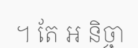
។ តែ ឣ និច្ចា